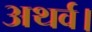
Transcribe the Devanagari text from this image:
अथर्व।